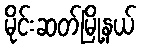
မိုင်းဆတ်မြို့နယ်